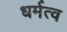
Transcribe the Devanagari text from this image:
धर्मत्व